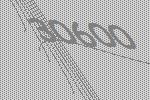
30600